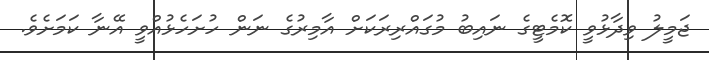
ޖަމީލު ވިދާޅުވީ ކޮމެޓީގެ ނައިބު މުގައްރިރަކަށް އާމިރުގެ ނަން ހުށަހެޅުއްވީ އޭނާ ކަމަށެވެ.